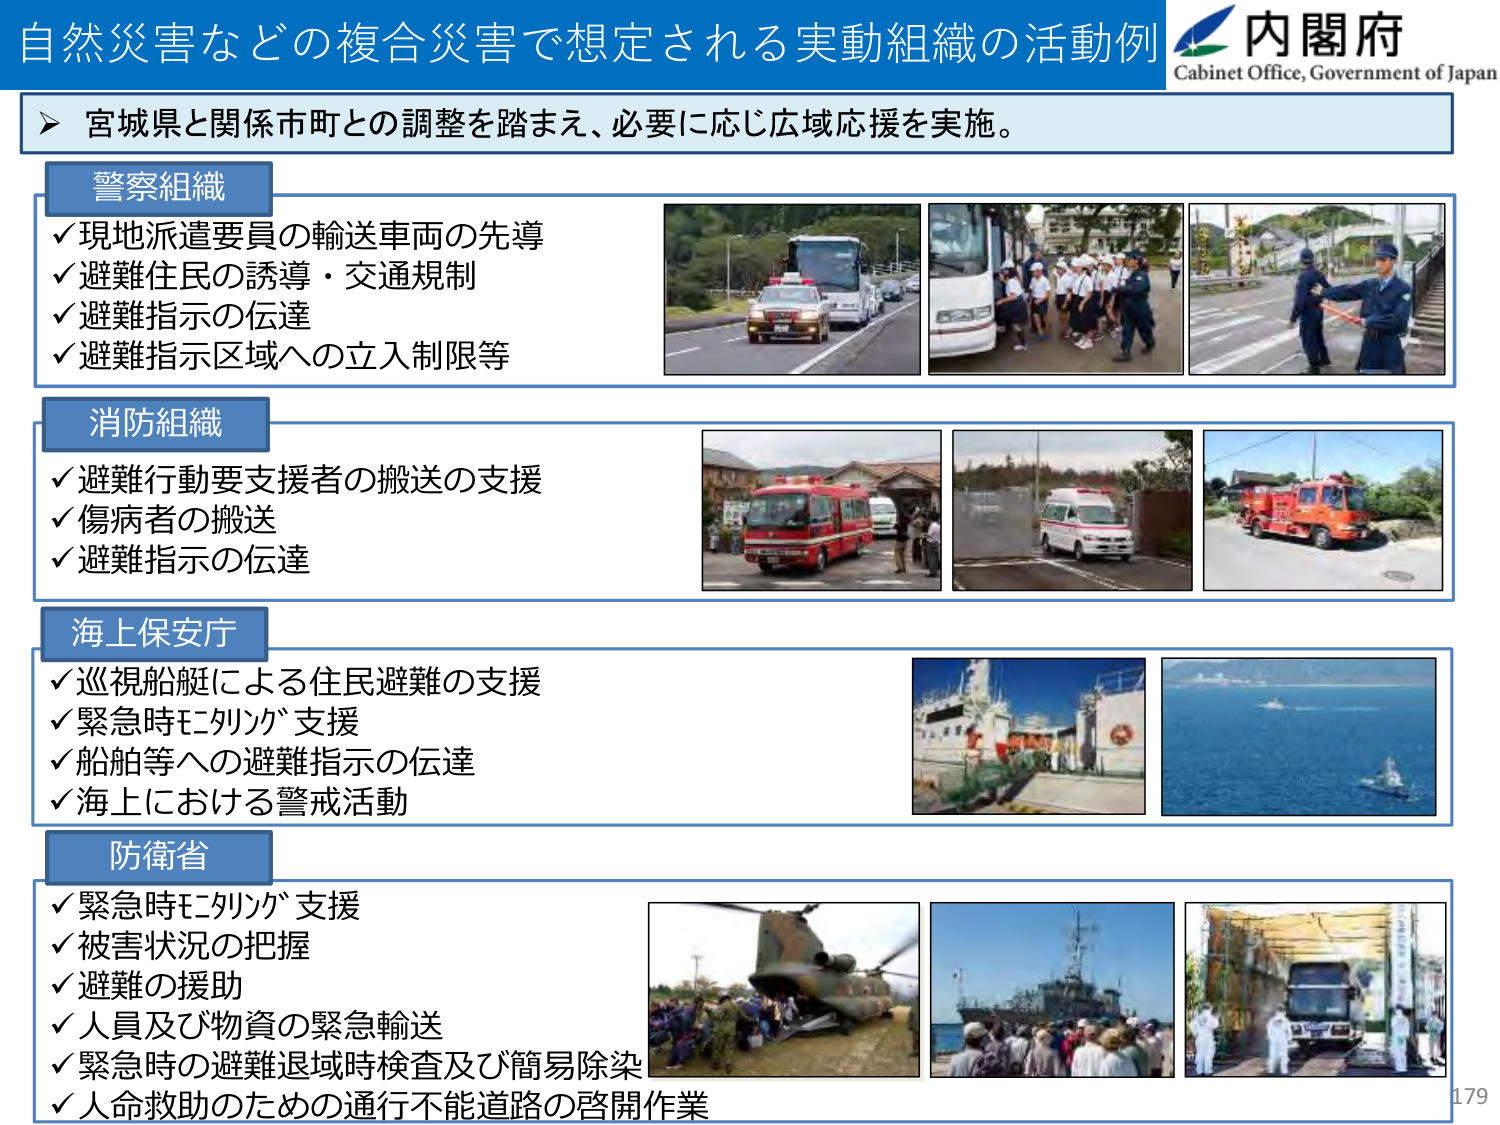
自然災害などの複合災害で想定される実動組織の活動例
内閣府
Cabinet Office, Government of Japan

➤ 宮城県と関係市町との調整を踏まえ、必要に応じ広域応援を実施。

警察組織
✓ 現地派遣要員の輸送車両の先導
✓ 避難住民の誘導・交通規制
✓ 避難指示の伝達
✓ 避難指示区域への立入制限等

消防組織
✓ 避難行動要支援者の搬送の支援
✓ 傷病者の搬送
✓ 避難指示の伝達

海上保安庁
✓ 巡視船艇による住民避難の支援
✓ 緊急時エリック支援
✓ 船舶等への避難指示の伝達
✓ 海上における警戒活動

防衛省
✓ 緊急時エリック支援
✓ 被害状況の把握
✓ 避難の援助
✓ 人員及び物資の緊急輸送
✓ 緊急時の避難退域時検査及び簡易除染
✓ 人命救助のための通行不能道路の啓開作業

179